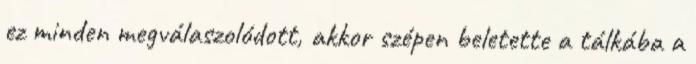
ez minden megválaszolódott, akkor szépen beletette a tálkába a